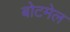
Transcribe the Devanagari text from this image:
बोटमेल